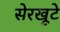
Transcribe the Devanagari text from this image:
सेरखूटे